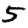
Digit: 5